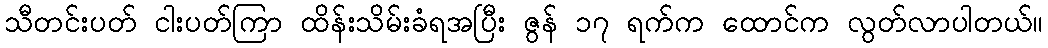
သီတင်းပတ် ငါးပတ်ကြာ ထိန်းသိမ်းခံရအပြီး ဇွန် ၁၇ ရက်က ထောင်က လွတ်လာပါတယ်။